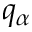
q _ { \alpha }